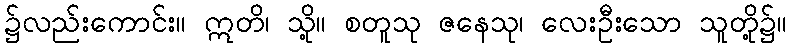
၌လည်းကောင်း။ ဣတိ၊ သို့။ စတူသု ဇနေသု၊ လေးဦးသော သူတို့၌။